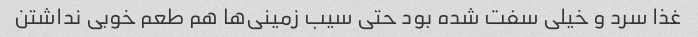
غذا سرد و خیلی سفت شده بود حتی سیب زمینی‌ها هم طعم خوبی نداشتن